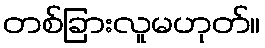
တစ်ခြားလူမဟုတ်။